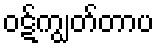
ဝဋ်ကျွတ်တာပ